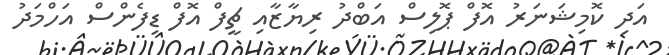
އަދި ކޮމިޝަނަރު އޮފް ޕޮލިސް އަބްދު ރިޔާޒާއި ޗީފް އޮފް ޑިފެންސް އަހްމަދު